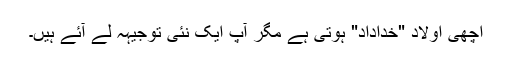
اچھی اولاد "خداداد" ہوتی ہے مگر آپ ایک نئی توجیہہ لے آئے ہیں۔